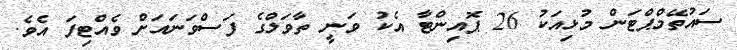
ސައުތޭމްޕްޓަން މުޅިއަކު 26 ޕޮއިންޓާ އެކު ވަނީ ތާވަލްގެ ފަސްވަނައަށް ވެއްޓިފަ އެވެ.